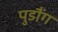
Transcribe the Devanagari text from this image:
पुडौंग